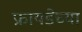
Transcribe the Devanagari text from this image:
फ्रायडेच्या